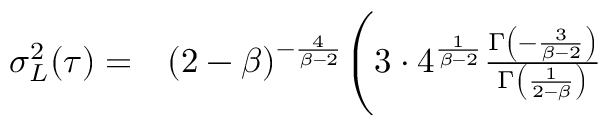
\begin{array} { r l } { \sigma _ { L } ^ { 2 } ( \tau ) = } & { { } ( 2 - \beta ) ^ { - \frac { 4 } { \beta - 2 } } \Bigg ( 3 \cdot 4 ^ { \frac { 1 } { \beta - 2 } } \frac { \Gamma \left( - \frac { 3 } { \beta - 2 } \right) } { \Gamma \left( \frac { 1 } { 2 - \beta } \right) } } \end{array}